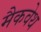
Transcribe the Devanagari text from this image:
मैकवेथ